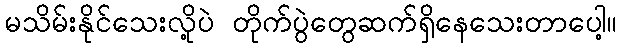
မသိမ်းနိုင်သေးလို့ပဲ တိုက်ပွဲတွေဆက်ရှိနေသေးတာပေါ့။